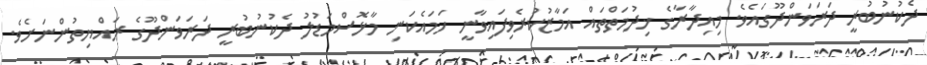
ދެކުނުބުރީ ދަރަވަންދޫގައެވެ. މިއިދާރާގެ ޚިދުމަތްތައް އަމާޒުކުރެވިފައިވާނީ ހަމައެކަނި މާޅޮސްމަޑުލު ދެކުނުބުރީ ދަރަވަންދޫގެ ރައްޔިތުންނަށެވެ.